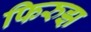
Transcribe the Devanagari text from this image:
फिरुझ